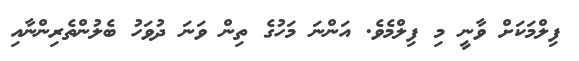
ފިލްމަކަށް ވާނީ މި ފިލްމެވެ. އަންނަ މަހުގެ ތިން ވަނަ ދުވަހު ބެލުންތެރިންނާއި